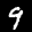
Label: 9